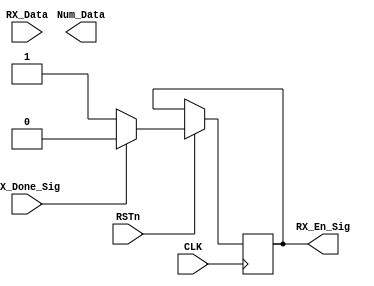
////////////////////////////////////////////////////////////////
//// CTL_MODULE.v
//// 			 		ZHAOCHAO
//// 						2016-11-14
////////////////////////////////////////////
////
	
module CTL_MODULE
(
	CLK, RSTn,
	RX_Done_Sig,
	RX_Data,
	RX_En_Sig,
	Num_Data
);


	input CLK;
	input RSTn;
	input RX_Done_Sig;
	input [7:0]RX_Data;
	output RX_En_Sig;
	output [7:0]Num_Data;
	
	
	reg [7:0]rData;
	reg isEn;
	
	always@(posedge CLK or negedge RSTn)
		if (!RSTn)
			rData <= 8'd0;
		else if (RX_Done_Sig)
			begin 
				rData <= RX_Data;
				isEn <= 1'b0;
			end
		else 
			isEn <= 1'b1;
			
			
	///////////////////////////////////
	
	assign NUM_Data = rData;
	assign RX_En_Sig = isEn;
	
endmodule